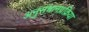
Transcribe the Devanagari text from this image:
अनुसंधानप्रक्रिया